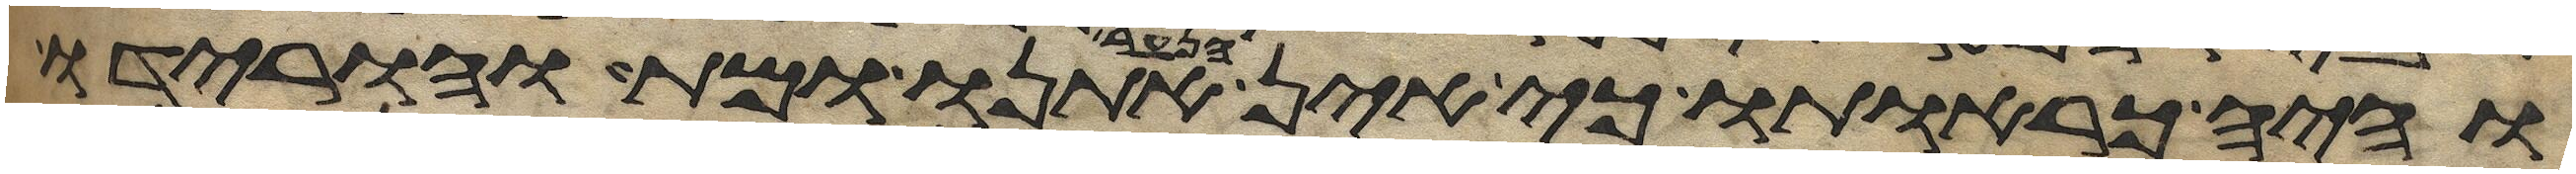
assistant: והיה כראותו כי אין הנער אתנו ומת והורידו